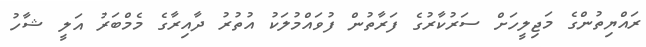
ރައްޔިތުންގެ މަޖިލީހަށް ސަރުކާރުގެ ފަރާތުން ފުވައްމުލަކު އުތުރު ދާއިރާގެ މެމްބަރު އަލީ ޝާހު